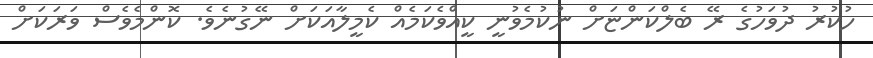
ހުކުރު ދުވަހުގެ ރޭ ބެލްކަންޏަށް ނުކުމެވުނީ ކީއްވެކަމެއް ކެމީލާއަކަށް ނޭގުނެވެ. ކޮންމެވެސް ވަރަކަށް